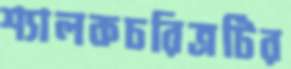
শ্যালকচরিত্রটির